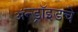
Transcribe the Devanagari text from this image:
ॲन्ड्रॉइडचे